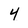
Character: 4